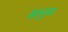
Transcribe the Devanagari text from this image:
खनुम